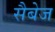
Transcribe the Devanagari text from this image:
सैबेज